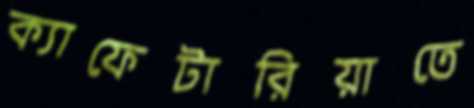
ক্যাফেটারিয়াতে